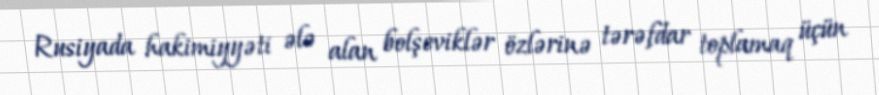
Rusiyada hakimiyyəti ələ alan bolşeviklər özlərinə tərəfdar toplamaq üçün